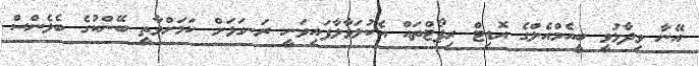
އޭނާ ވިދާޅުވީ ބީއެމްއެލްގެ އޮޑިޓް ރިޕޯޓްތައް އެކުލަވާލާފައިވަނީ ރަނގަޅަށް ކަމަށްވާތީ ބޭންކުގެ ބެލެންސް